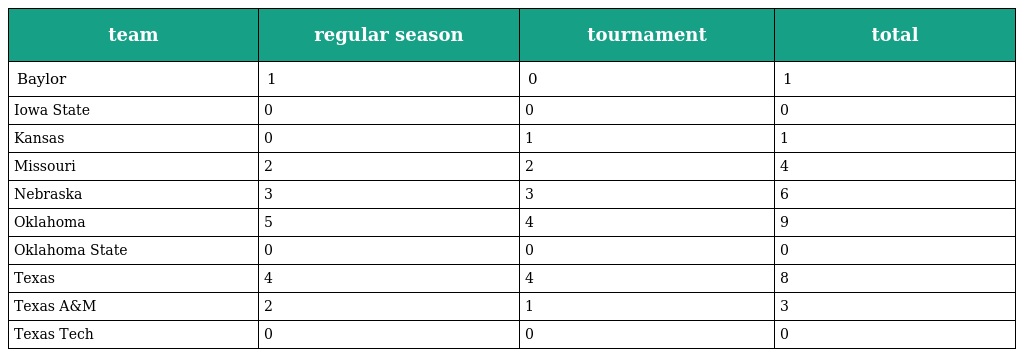
| team | regular season | tournament | total |
 | --- | --- | --- | --- |
 | Baylor | 1 | 0 | 1 |
 | Iowa State | 0 | 0 | 0 |
 | Kansas | 0 | 1 | 1 |
 | Missouri | 2 | 2 | 4 |
 | Nebraska | 3 | 3 | 6 |
 | Oklahoma | 5 | 4 | 9 |
 | Oklahoma State | 0 | 0 | 0 |
 | Texas | 4 | 4 | 8 |
 | Texas A&M | 2 | 1 | 3 |
 | Texas Tech | 0 | 0 | 0 |